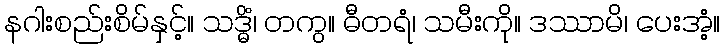
နဂါးစည်းစိမ်နှင့်။ သဒ္ဓိံ၊ တကွ။ ဓီတရံ၊ သမီးကို။ ဒဿာမိ၊ ပေးအံ့။